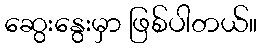
ဆွေးနွေးမှာ ဖြစ်ပါတယ်။